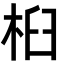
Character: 桕